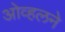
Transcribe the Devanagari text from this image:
ओव्हलने